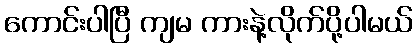
ကောင်းပါပြီ ကျမ ကားနဲ့လိုက်ပို့ပါမယ်